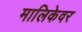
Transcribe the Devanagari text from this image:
मालिकेवर